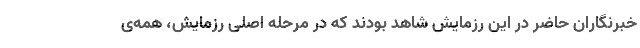
خبرنگاران حاضر در این رزمایش شاهد بودند که در مرحله اصلی رزمایش، همه‌ی